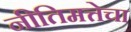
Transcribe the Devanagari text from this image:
नीतिमत्तेचा